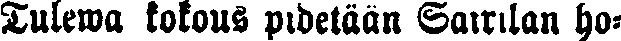
Tulewa kokous pidetään Sairilan ho-